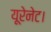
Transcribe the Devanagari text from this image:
यूरेनेट।